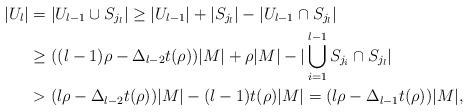
LaTeX: \begin{align*}|U_l| &=|U_{l-1}\cup S_{j_l}|\geq|U_{l-1}|+|S_{j_l}|-|U_{l-1}\cap S_{j_l}| \\&\geq((l-1)\rho-\Delta_{l-2}t(\rho))|M|+\rho|M|-|\bigcup_{i=1}^{l-1}{S_{j_i}\cap S_{j_l}}| \\&>(l\rho-\Delta_{l-2}t(\rho))|M|-(l-1)t(\rho)|M|=(l\rho-\Delta_{l-1}t(\rho))|M|,\end{align*}